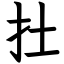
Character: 扗